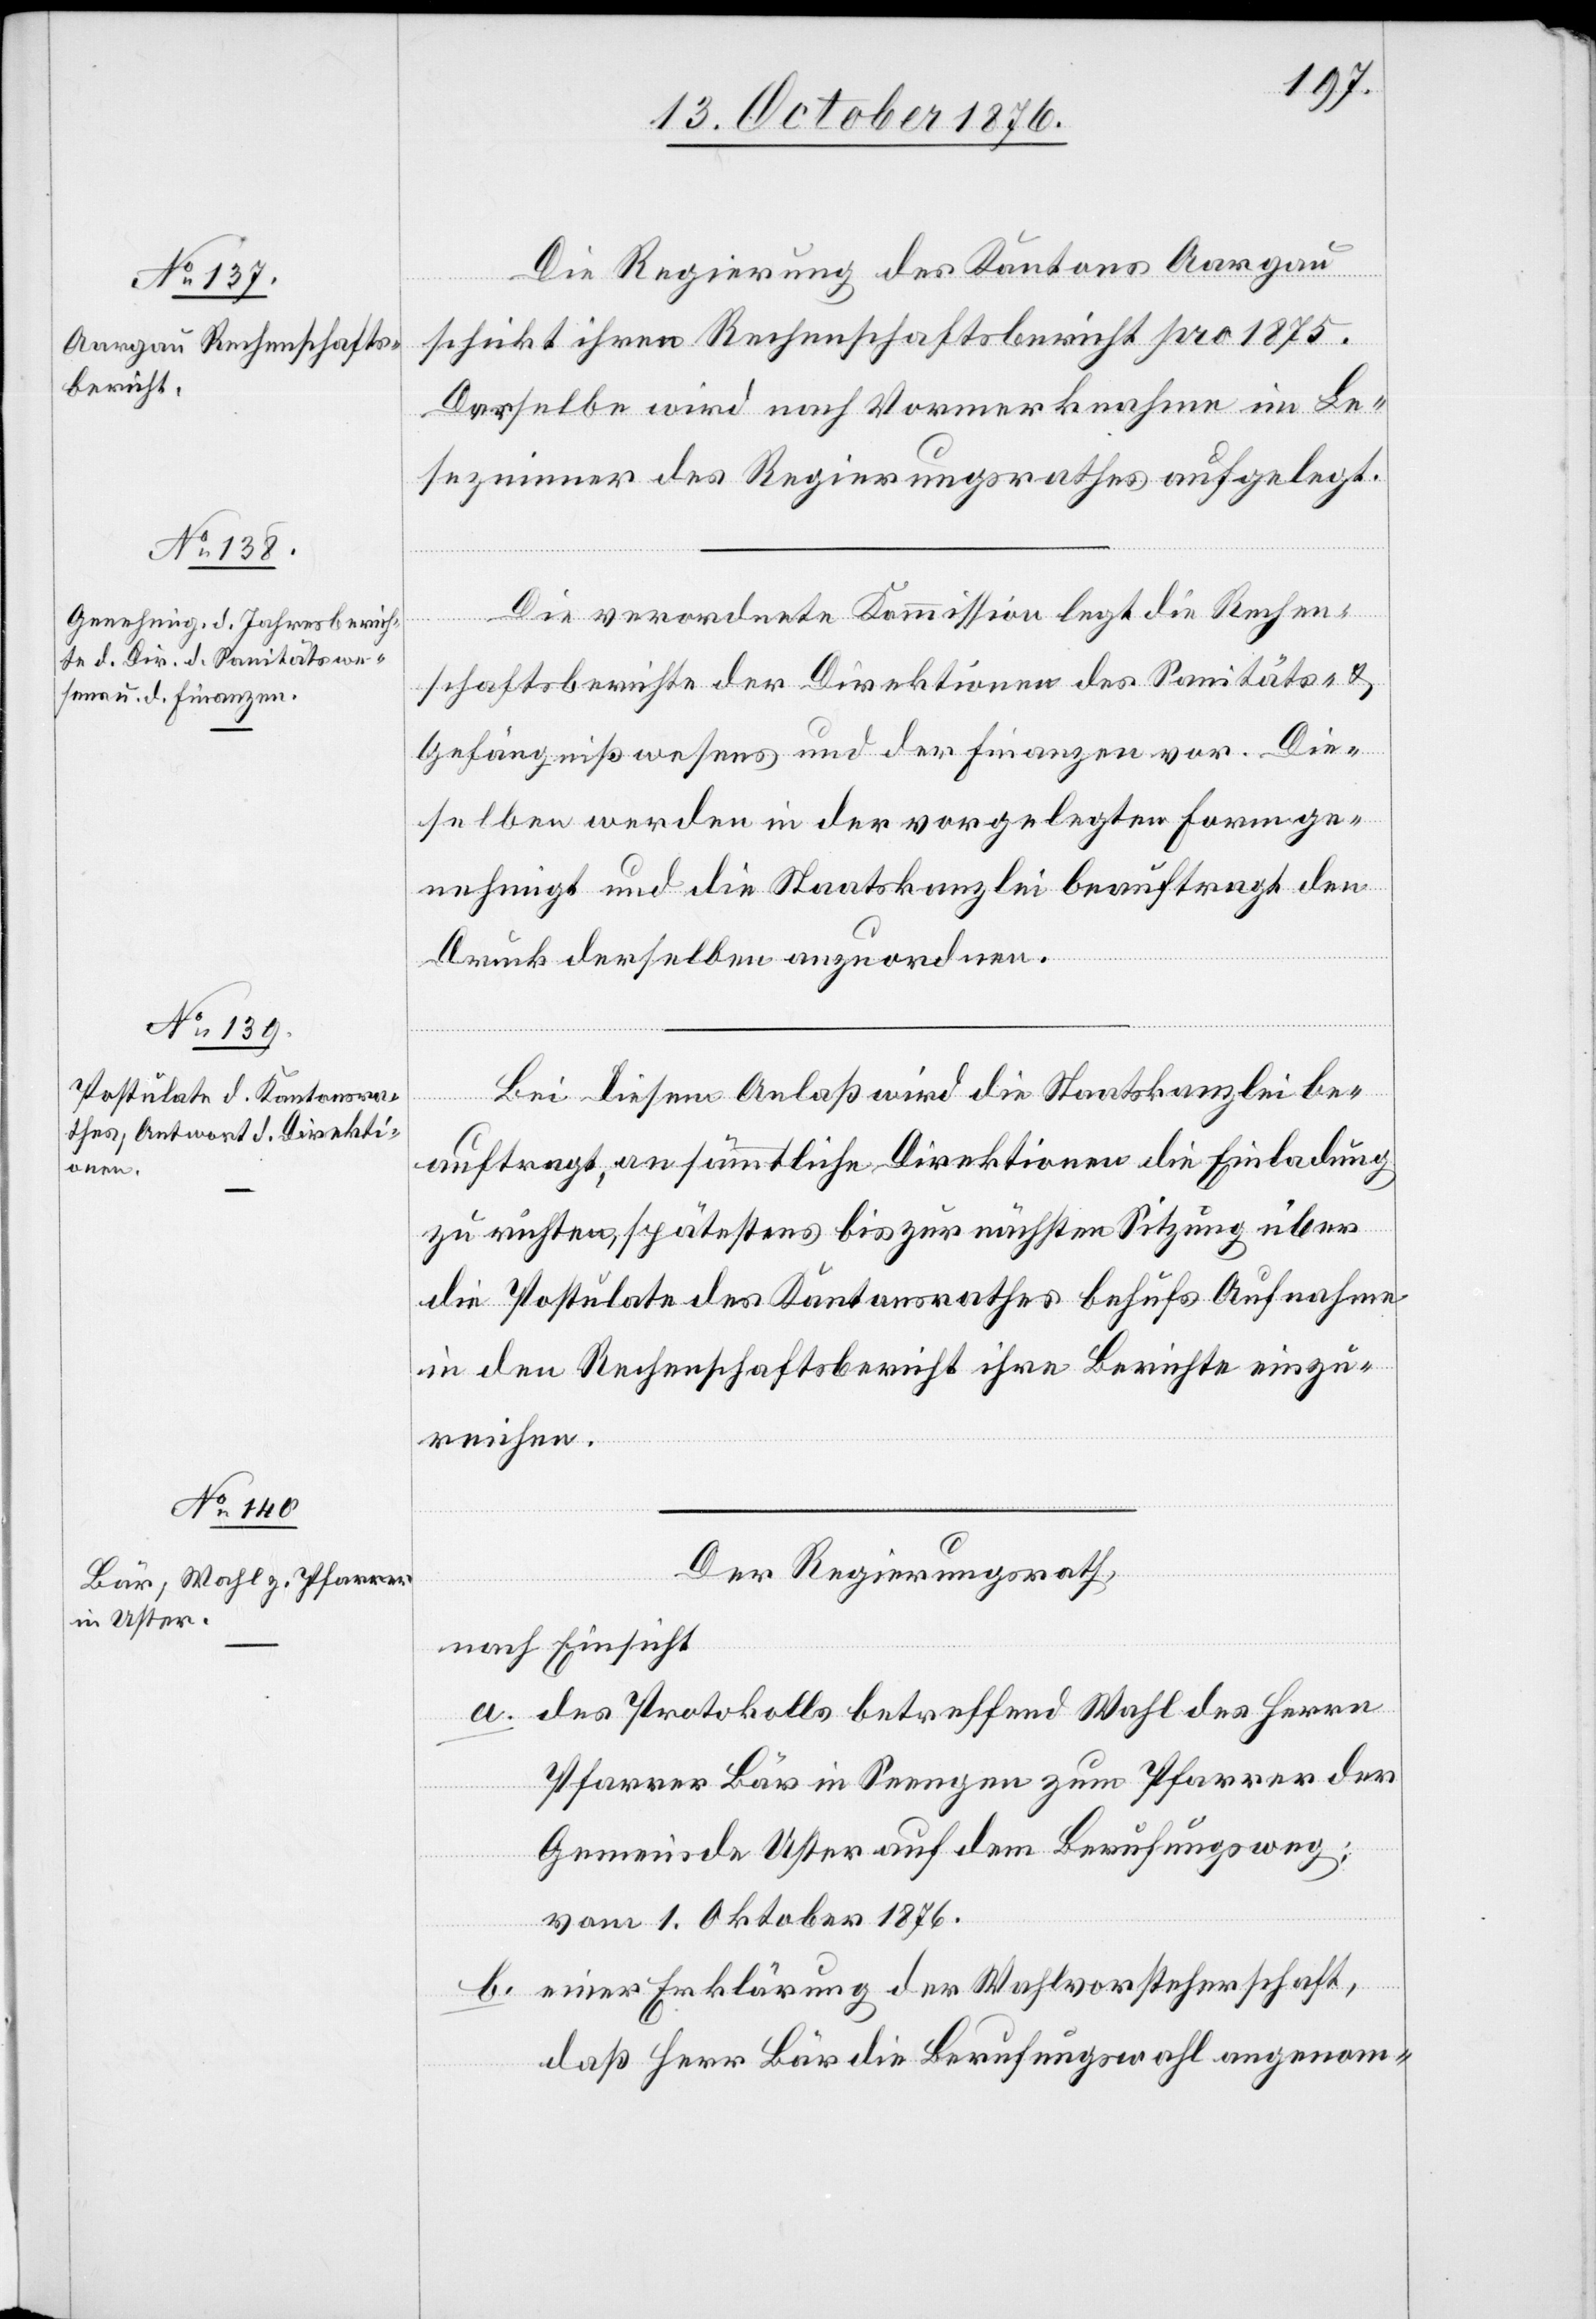
Die Regierung des Kantons Aargau
schickt ihren Rechenschaftsbericht pro 1875.
Derselbe wird nach Vormerknahme im Le¬
sezimmer des Regierungsrathes aufgelegt.
Die verordnete Kommission legt die Rechen¬
schaftsberichte der Direktionen des Sanitäts- &
Gefängnißwesens und der Finanzen vor. Die¬
selben werden in der vorgelegten Form ge¬
nehmigt und die Staatskanzlei beauftragt den
Druck derselben anzuordnen.
Bei diesem Anlaß wird die Staatskanzlei be¬
auftragt an sämmtliche Direktionen die Einladung
zu richten, spätestens bis zur nächsten Sitzung über
die Postulate des Kantonsrathes behufs Aufnahme
in den Rechenschaftsbericht ihre Berichte einzu¬
reichen.
Der Regierungsrath,
nach Einsicht
a. des Protokolls betreffend Wahl des Herrn
Pfarrer Bär in Seengen zum Pfarrer der
Gemeinde Uster auf dem Berufungsweg;
vom 1. Oktober 1876.
b. einer Erklärung der Wahlvorsteherschaft,
daß Herr Bär die Berufungswahl angeom-